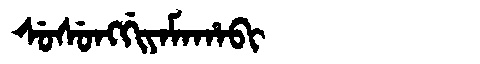
Manchu: ᠰᡠᠰᡠᠩᡤᡳᠶᠠᠮᠠᡥᠠᠪᡳ
Romanization: SUSUNGGIYAMAHABI